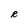
Character: R